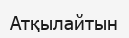
Атқылайтын